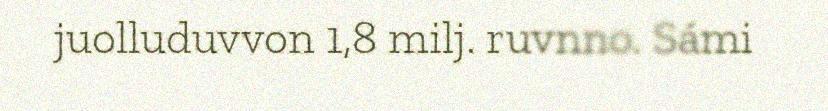
juolluduvvon 1,8 milj. ruvnno. Sámi